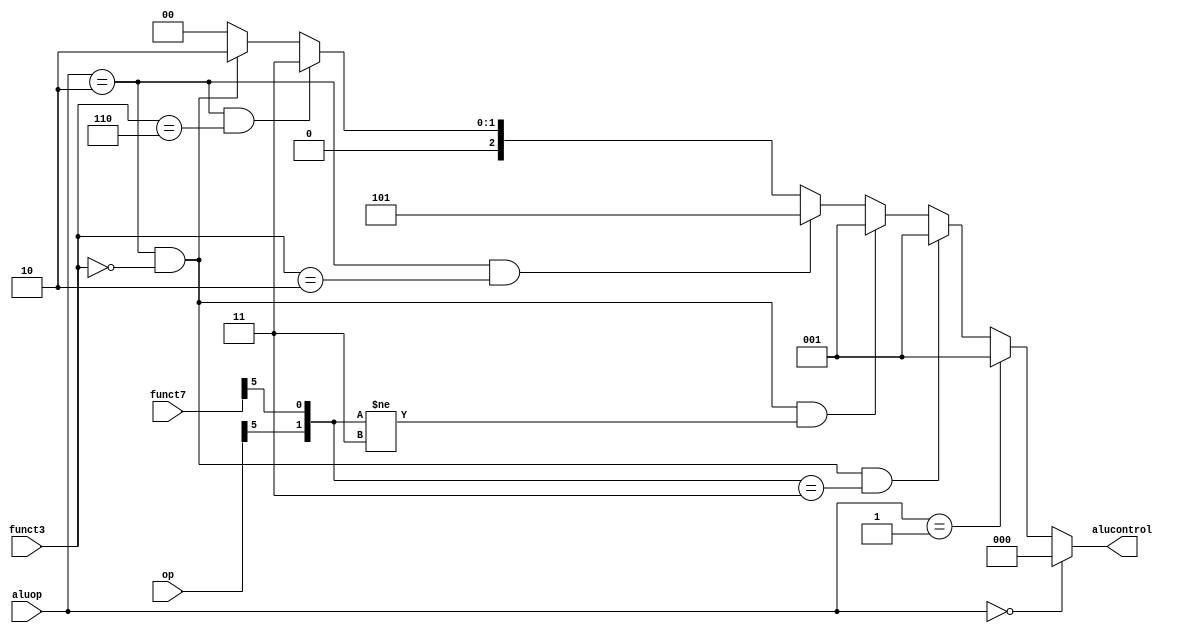
module alu_decoder(aluop, funct3, funct7, op,alucontrol);
    input [1:0]aluop;
    input [2:0]funct3;
    input [6:0]funct7,op;
    output [2:0] alucontrol;


assign alucontrol =(aluop ==2'b00)?3'b000: //lw,sw
                   (aluop ==2'b01)?3'b001: //beq
                  ((aluop ==2'b10) & (funct3==3'b000) & ({op[5],funct7[5]}==2'b11))? 3'b001://sub  
                  ((aluop ==2'b10) & (funct3==3'b000) & ({op[5],funct7[5]}!=2'b11))? 3'b001://add
                  ((aluop ==2'b10) & (funct3==3'b010)) ? 3'b101: //slt
                  ((aluop ==2'b10) & (funct3==3'b110)) ? 3'b011: //or
                  ((aluop ==2'b10) & (funct3==3'b000)) ? 3'b010: //and
                                                        3'b000;
 endmodule